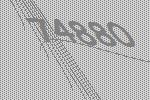
74880